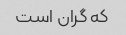
که گران است